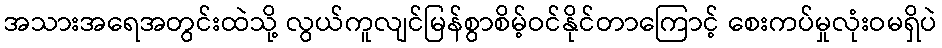
အသားအရေအတွင်းထဲသို့ လွယ်ကူလျင်မြန်စွာစိမ့်ဝင်နိုင်တာကြောင့် စေးကပ်မှုလုံးဝမရှိပဲ